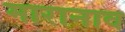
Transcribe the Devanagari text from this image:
मारानाव